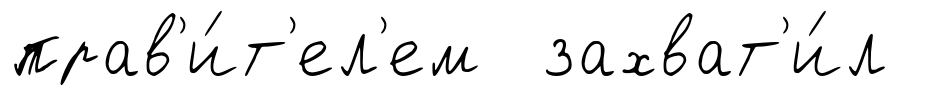
прав'и́т'ел'ем захват'и́л